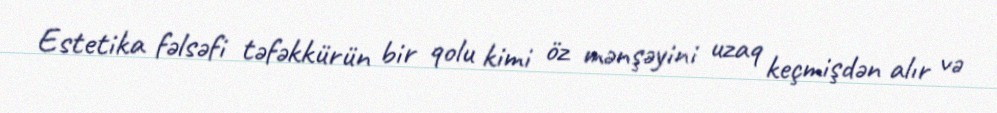
Estetika fəlsəfi təfəkkürün bir qolu kimi öz mənşəyini uzaq keçmişdən alır və